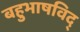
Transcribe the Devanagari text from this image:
बहुभाषविद्